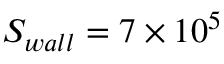
S _ { w a l l } = 7 \times 1 0 ^ { 5 }